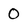
Character: 0